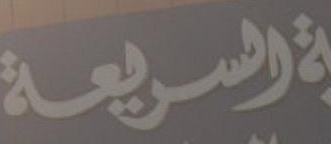
السريعة